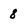
Character: 8